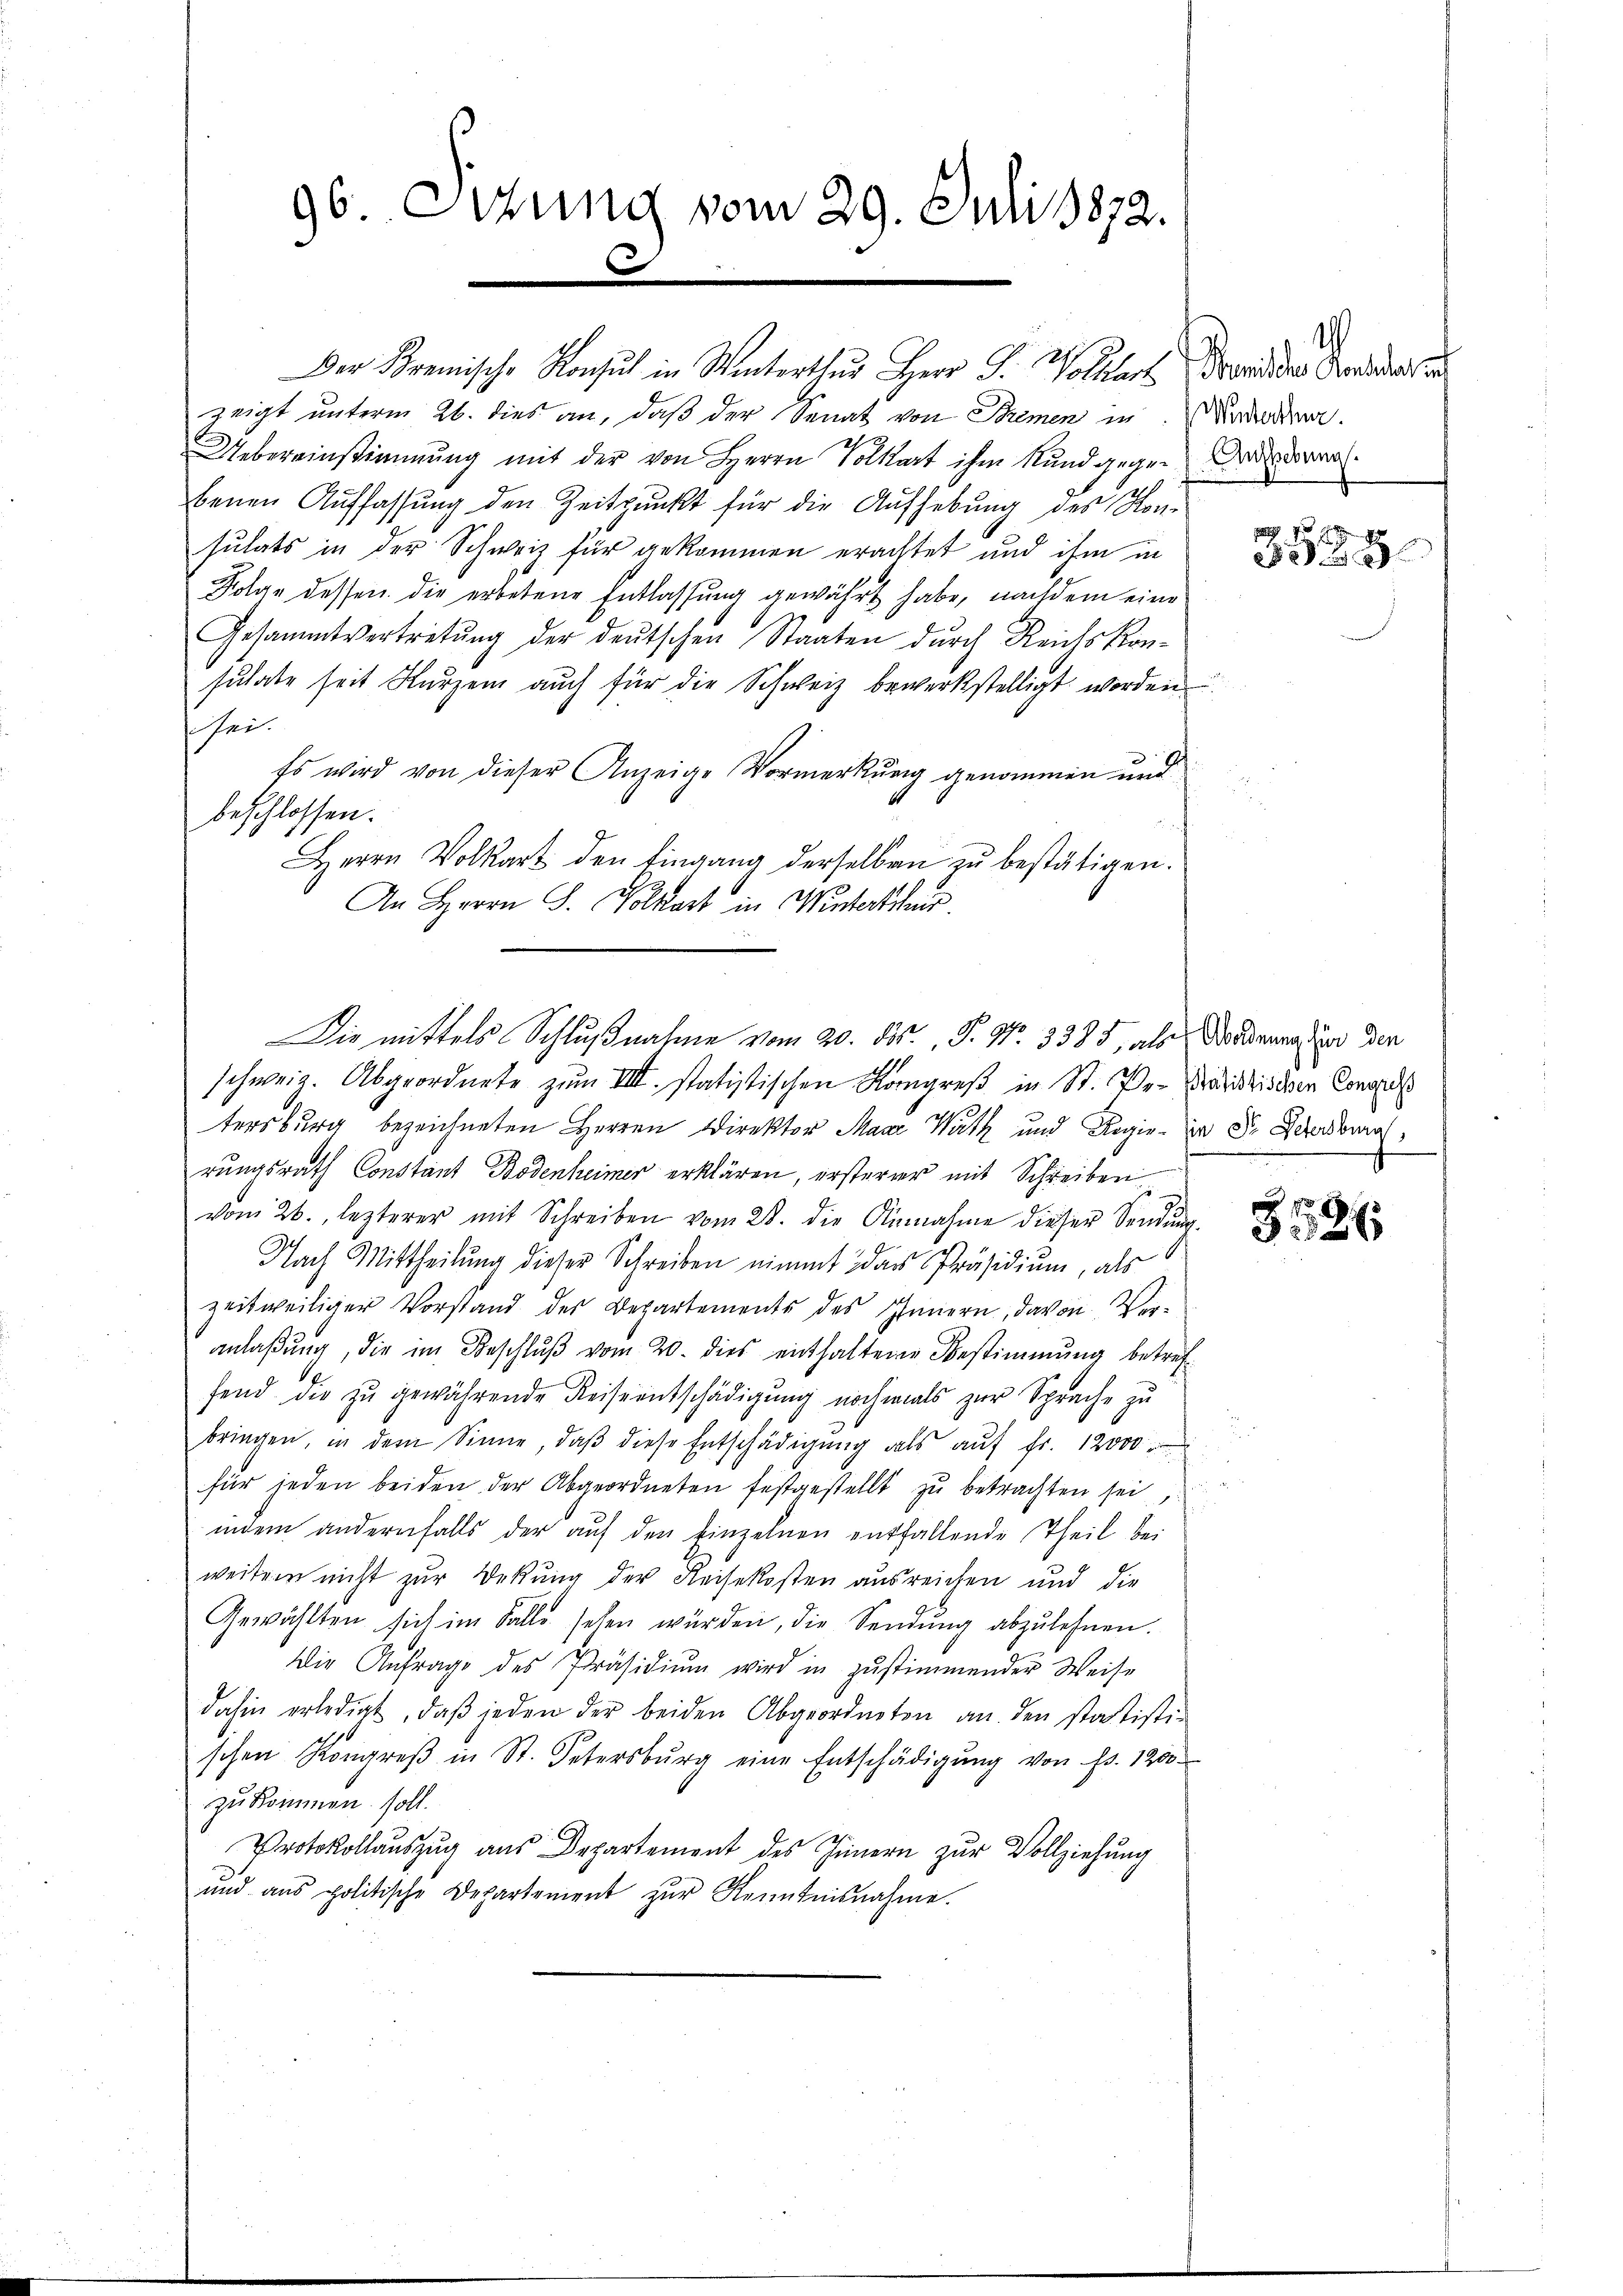
96. Sitzung vom 29. Juli 1872.
c

Die mittels Schlußnahme vom 20. ds., P. Nr. 3385, als Morderung der den

Der Kremische Konsul in Winterthur Herr G. Wolcher Bilder Candidatir
zeigt unterm 26. dies an, daß der Senat von Semen in Dara
Uebereinstimmung mit der von Herrn Volkart ihm und gegen Drodoal
benen Auffassŭng den Zeitpunkt für die Aufhebung des Kon-
sulats in der Schweiz für gekommen erachtet und ihm in
Folan dessen die erbetene Entlassung gewährt habe, nachdem eine
Gesammtvertretŭng der deŭtschen Staaten dŭrch Reichskon-
sutate seit Kurzem auch für die Schweiz bewerkstelligt worden
s sei.
Es wird von dieser Anzeige Vormerkung genommen und
beschlossen.
Herrn Volkart den Eingang derselben zu bestätigen.
An Herrn G. Volkart in Winterthur
schweiz. Abgeordnete zum VIII. statistischen Kongreß in St. Pe-Präsidio dem Conclus
tersburg bezeichneten Herren Direktor Maar Wuth und Regier J. Schedral,
rungsrath Constant Bodenheimer erklären, ersterer mit Schreiben
vom 26. lezterer mit Schreiben vom 28. die Annahme dieser Sendung
Nach Mittheilung dieser Schreiben nimmt das Präsidium, als
zeitweiliger Vorstand des Departemente des Innern, davon Voranlaßung, die im Beschlŭβ vom 20. dies enthaltene Bestimmung betreffend die zŭ gewährende Reiseentschädigŭng nochmals zur Sprache zu
bringen, in dem Sinne, daβ diese Entschädigŭng als aŭf fr. 12000.
für jeden beiden der Abgeordneten festgestellt zŭ betrachten sei,
indem andernfalls der aŭf den Einzelnen entfallende Theil bei
weitern nicht zur Wekung der Reisekosten ausreichen und die
Gewählten sich im Falls sehen würden, die Sendŭng abzulehnen.
Die Anfrage des Präsidiŭm wird in zŭstimmender Weise
dahin erledigt, daβ jeden der beiden Abgeordneten an den statisti-
schen Kongreβ in St. Petersbŭrg eine Entschädigŭng von Fr. 1200.
zu kommen soll.
Protokollauszug aus Departement des Innern zur Vollziehung
ŭnd ans politische Departement zŭr Kenntnisnahme.

i

3529

.

8
§ 252 x